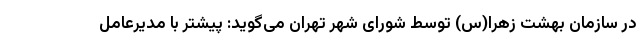
در سازمان بهشت زهرا(س) توسط شورای شهر تهران می‌گوید: پیشتر با مدیرعامل